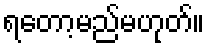
ရတော့မည်မဟုတ်။